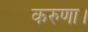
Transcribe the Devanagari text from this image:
करुणा।